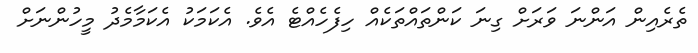
ތެރެއިން އަންނަ ވަރަށް ގިނަ ކަންތައްތަކެއް ހިފެހެއްޓެ އެވެ. އެކަމަކު އެކަމާމެދު މީހުންނަށް